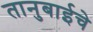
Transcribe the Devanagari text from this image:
तानुबाईचे